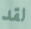
لقد